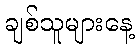
ချစ်သူများနေ့